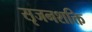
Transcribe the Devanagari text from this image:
सृजनशक्ति